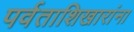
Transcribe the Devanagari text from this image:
पर्वताशिखारांना